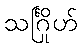
သင်္ဂြိုဟ်